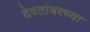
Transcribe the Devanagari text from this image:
देवतांवरच्या